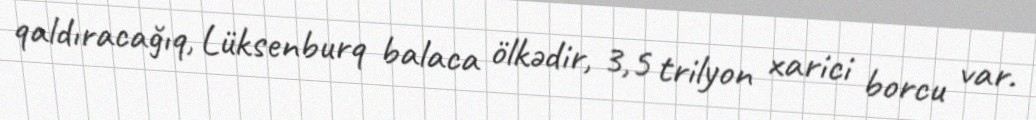
qaldıracağıq, Lüksenburq balaca ölkədir, 3,5 trilyon xarici borcu var.